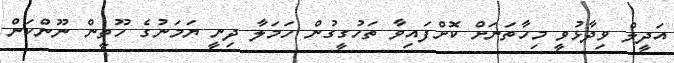
އަދީލް ވިދާޅުވީ މިހާތަނަށް ކޮށްފައިވާ ތަހުގީގުން ހަމަލާ ދިނީ ޔަމަނުގެ ހޫތީން ނޫންކަން